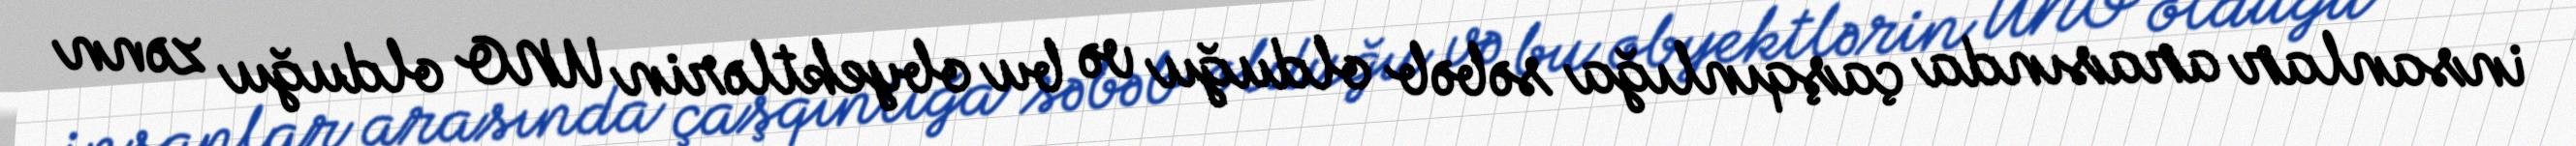
insanlar arasında çaşqınlığa səbəb olduğu və bu obyektlərin UNO olduğu zənn